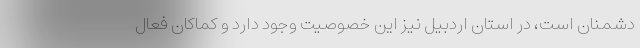
دشمنان است، در استان اردبیل نیز این خصوصیت وجود دارد و کماکان فعال